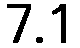
7.1